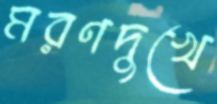
মরণদুখে